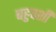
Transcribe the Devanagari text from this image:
बहुवशी